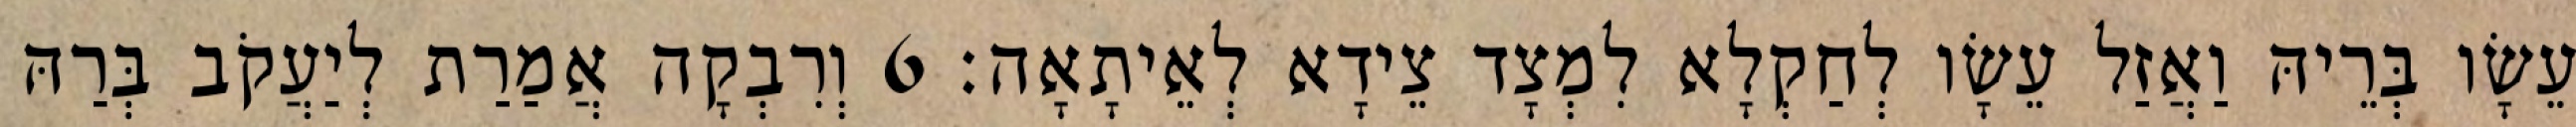
עֵשָׂו בְּרֵיהּ וַאֲזַל עֵשָׂו לְחַקְלָא לִמְצָד צֵידָא לְאֵיתָאָה׃ 6 וְרִבְקָה אֲמַרַת לְיַעֲקֹב בְּרַהּ